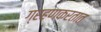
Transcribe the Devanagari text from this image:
ग्रहणकरतात